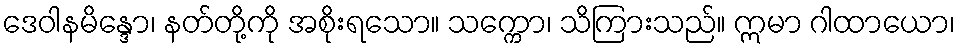
ဒေဝါနမိန္ဒော၊ နတ်တို့ကို အစိုးရသော။ သက္ကော၊ သိကြားသည်။ ဣမာ ဂါထာယော၊